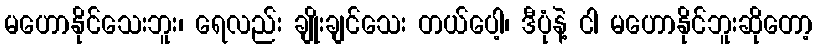
မဟောနိုင်သေးဘူး၊ ရေလည်း ချိုးချင်သေး တယ်ပေါ့၊ ဒီပုံနဲ့ ငါ မဟောနိုင်ဘူးဆိုတော့